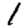
Digit: 1